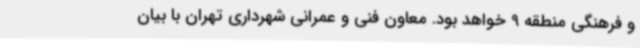
و فرهنگی منطقه 9 خواهد بود. معاون فنی و عمرانی شهرداری تهران با بیان